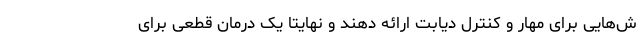
ش‌هایی برای مهار و کنترل دیابت ارائه دهند و نهایتا یک درمان قطعی برای